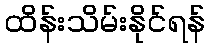
ထိန်းသိမ်းနိုင်ရန်